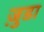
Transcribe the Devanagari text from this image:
जु़डा